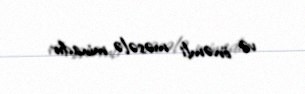
və önəmli məsələ minadır.